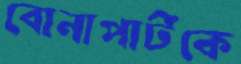
বোনাপার্টকে